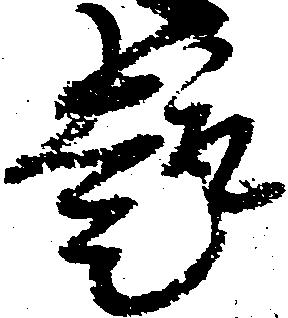
趣